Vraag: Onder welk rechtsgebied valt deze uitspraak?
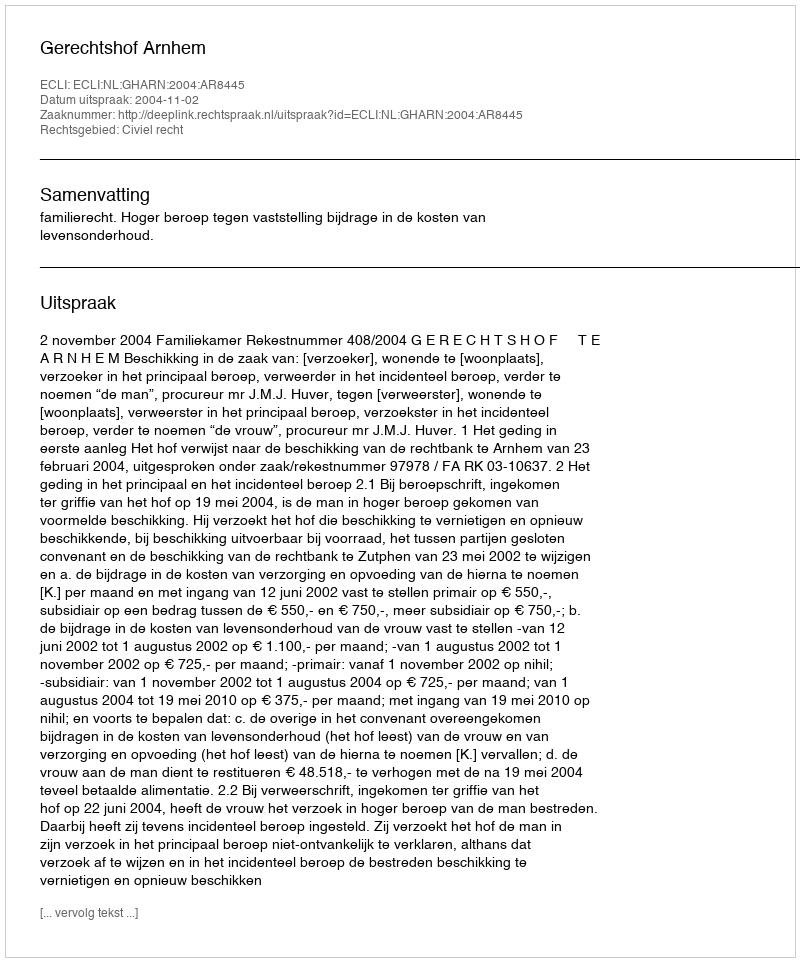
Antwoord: Civiel recht